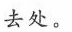
去处。